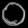
Digit: ၀